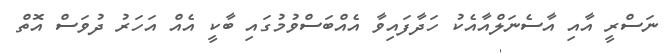
ނަސްރީ އާއި އާސެނަލްއާއެކު ހަދާފައިވާ އެއްބަސްވުމުގައި ބާކީ އެއް އަހަރު ދުވަސް އޮތް